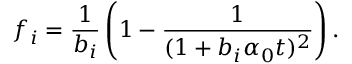
f _ { i } = \frac { 1 } { b _ { i } } \left( 1 - \frac { 1 } { ( 1 + b _ { i } \alpha _ { 0 } t ) ^ { 2 } } \right) .